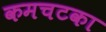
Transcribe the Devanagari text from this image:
कमचटका